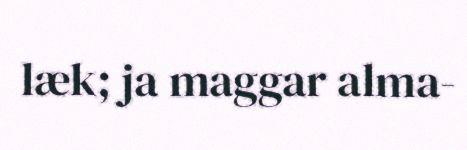
læk; ja maggar alma-